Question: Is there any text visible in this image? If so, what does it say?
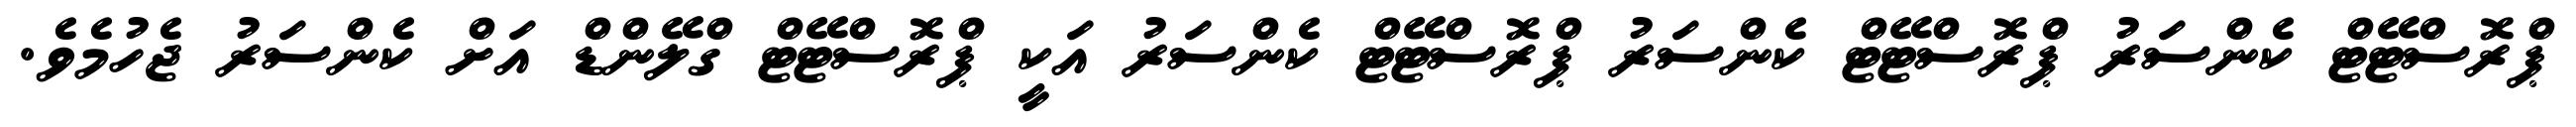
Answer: ޕްރޮސްޓޭޓް ކެންސަރު ޕްރޮސްޓޭޓް ކެންސަރު ޕްރޮސްޓޭޓް ކެންސަރު އަކީ ޕްރޮސްޓޭޓް ގްލޭންޑް އަށް ކެންސަރު ޖެހުމެވެ.